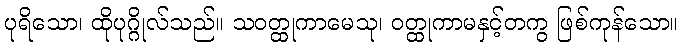
ပုရိသော၊ ထိုပုဂ္ဂိုလ်သည်။ သဝတ္ထုကာမေသု၊ ဝတ္ထုကာမနှင့်တကွ ဖြစ်ကုန်သော။